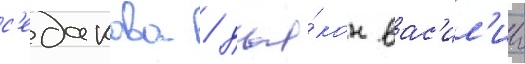
с'едакова / дья́кон вас'ил'ии